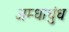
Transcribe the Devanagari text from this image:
अम्धाधुंध